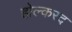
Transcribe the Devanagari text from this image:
होल्करद